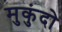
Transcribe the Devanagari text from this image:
मुकुंदो